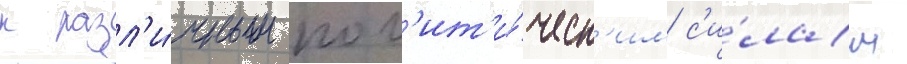
к разл'и́чным пол'ит'и́ческ'им с'и́лам